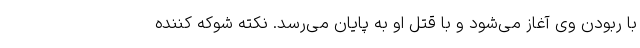
با ربودن وی آغاز می‌شود و با قتل او به پایان می‌رسد. نکته شوکه کننده